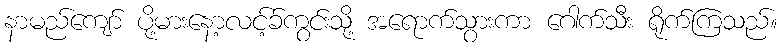
နာမည်ကျော် ပို့မားနော့လင့်ခ်ကွင်းသို့ အရောက်သွားကာ ဂေါက်သီး ရိုက်ကြသည်။